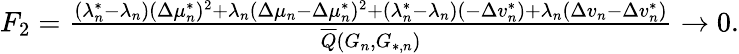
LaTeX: \begin{array}{r}{F_{2}=\frac{(\lambda_{n}^{*}-\lambda_{n})(\Delta\mu_{n}^{*})^{2}+\lambda_{n}(\Delta\mu_{n}-\Delta\mu_{n}^{*})^{2}+(\lambda_{n}^{*}-\lambda_{n})(-\Delta v_{n}^{*})+\lambda_{n}(\Delta v_{n}-\Delta v_{n}^{*})}{\overline{{Q}}(G_{n},G_{*,n})}\to 0.}\end{array}